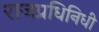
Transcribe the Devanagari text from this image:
राजप्रधिनिधी